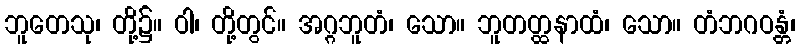
ဘူတေသု၊ တို့၌။ ဝါ၊ တို့တွင်။ အဂ္ဂဘူတံ၊ သော။ ဘူတတ္ထနာထံ၊ သော။ တံဘဂဝန္တံ၊